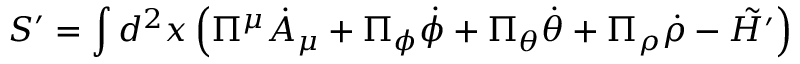
S ^ { \prime } = \int d ^ { 2 } x \left( \Pi ^ { \mu } { \dot { A } } _ { \mu } + \Pi _ { \phi } { \dot { \phi } } + \Pi _ { \theta } { \dot { \theta } } + \Pi _ { \rho } { \dot { \rho } } - \tilde { \cal H ^ { \prime } } \right)